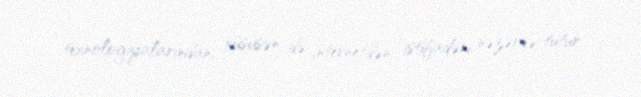
texnologiyalarından, xüsusən də internetdən istifadəni nəzərdə tutur.